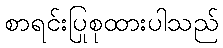
စာရင်းပြုစုထားပါသည်